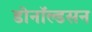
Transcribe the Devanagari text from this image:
डोनॉल्डसन